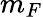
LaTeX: m_{F}